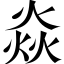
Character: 焱